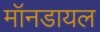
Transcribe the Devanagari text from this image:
मॉनडायल